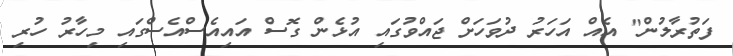
ފަތުރާލުން" އެއް އަހަރު ދުވަހަށް ޖައްވުގައި އުޅެން ގޮސް އައިއެސްއެސްގައި މިހާރު ހުރި